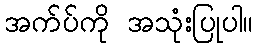
အက်ပ်ကို အသုံးပြုပါ။